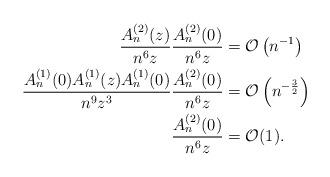
LaTeX: \begin{align*}\frac{A_n^{(2)}(z)}{n^6 z} \frac{A_n^{(2)}(0)}{n^6 z} &= \mathcal{O}\left(n^{-1}\right)\\\frac{A_n^{(1)}(0)A_n^{(1)}(z) A_n^{(1)}(0)}{n^9z^3} \frac{A_n^{(2)}(0)}{n^6 z} &= \mathcal{O}\left(n^{-\frac{3}{2}}\right)\\\frac{A_n^{(2)}(0)}{n^6 z} &= \mathcal{O}(1).\end{align*}